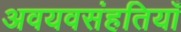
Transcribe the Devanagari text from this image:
अवयवसंहतियाँ